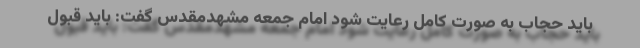
باید حجاب به صورت کامل رعایت شود امام جمعه مشهدمقدس گفت: باید قبول